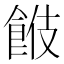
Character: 𩛑